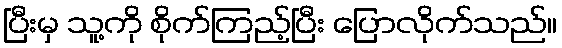
ပြီးမှ သူ့ကို စိုက်ကြည့်ပြီး ပြောလိုက်သည်။